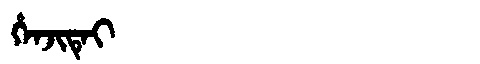
Manchu: ᡥᡝᠨᠵᡳᡨᡝᡳ
Romanization: HENJITEI